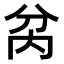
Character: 𭁋